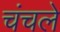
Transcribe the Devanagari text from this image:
चंचले